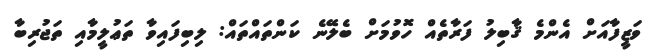
ވަޒީފާއަށް އެންމެ ޤާބިލު ފަރާތެއް ހޮވުމަށް ބެލޭނެ ކަންތައްތައް: ލިބިފައިވާ ތަޢުލީމާއި ތަޖުރިބާ